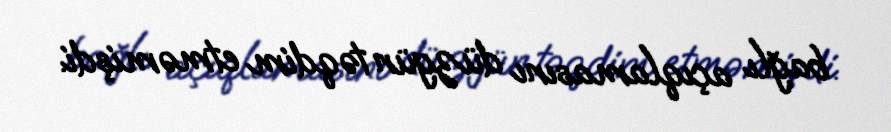
bağlı açıqlamasını düzgün təqdim etməmişdi.